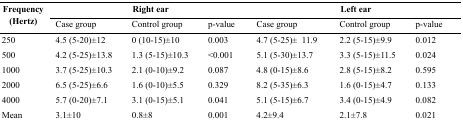
<table><thead><tr><td rowspan="3"><b>Frequency (Hertz)</b></td><td colspan="3"><b>Right ear</b></td><td colspan="3"><b>Left ear</b></td></tr><tr><td><b>Case group</b></td><td><b>Control group</b></td><td><b>p-value</b></td><td><b>Case group</b></td><td><b>Control group</b></td><td><b>p-value</b></td></tr></thead><tbody><tr><td>250</td><td>4.5 (5-20)±12</td><td>0 (10-15)±10</td><td>0.003</td><td>4.7 (5-25)± 11.9</td><td>2.2 (5-15)±9.9</td><td>0.012</td></tr><tr><td>500</td><td>4.2 (5-25)±13.8</td><td>1.3 (5-15)±10.3</td><td>&lt;0.001</td><td>5.1 (5-30)±13.7</td><td>3.3 (5-15)±11.5</td><td>0.024</td></tr><tr><td>1000</td><td>3.7 (5-25)±10.3</td><td>2.1 (0-10)±9.2</td><td>0.087</td><td>4.8 (0-15)±8.6</td><td>2.8 (5-15)±8.2</td><td>0.595</td></tr><tr><td>2000</td><td>6.5 (5-25)±6.6</td><td>1.6 (0-10)±5.5</td><td>0.329</td><td>8.2 (5-35)±6.3</td><td>1.6 (0-15)±4.7</td><td>0.133</td></tr><tr><td>4000</td><td>5.7 (0-20)±7.1</td><td>3.1 (0-15)±5.1</td><td>0.041</td><td>5.1 (5-15)±6.7</td><td>3.4 (0-15)±4.9</td><td>0.082</td></tr><tr><td>Mean</td><td>3.1±10</td><td>0.8±8</td><td>0.001</td><td>4.2±9.4</td><td>2.1±7.8</td><td>0.021</td></tr></tbody></table>